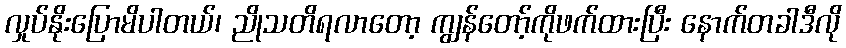
လှုပ်နိုးပြောမိပါတယ်၊ ညိုသတိရလာတော့ ကျွန်တော့်ကိုဖက်ထားပြီး နောက်တခါဒီလို